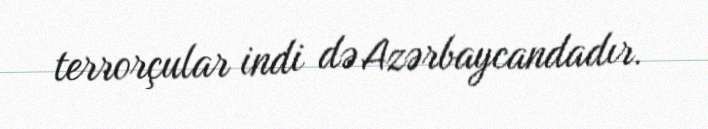
terrorçular indi də Azərbaycandadır.